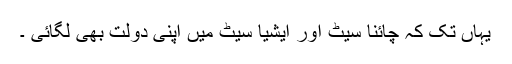
یہاں تک کہ چائنا سیٹ اور ایشیا سیٹ میں اپنی دولت بھی لگائی ۔